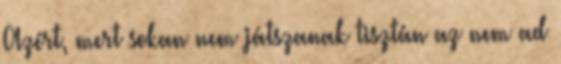
Azért, mert sokan nem játszanak tisztán az nem ad